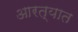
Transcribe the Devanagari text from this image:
आरत्यात